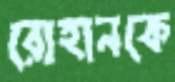
রোহানকে